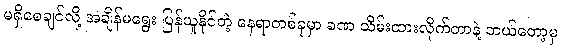
မရှိစေချင်လို့ အချိန်မရွေး ပြန်ယူနိုင်တဲ့ နေရာတစ်ခုမှာ ခဏ သိမ်းထားလိုက်တာနဲ့ ဘယ်တော့မှ